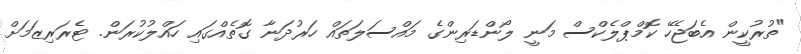
"ތުރުކީން އެބަޖެހޭ ކޮމްޕްލެކްސް މަނީ ލޯންޑަރިންގެ މައްސަލަތައް ހަރުދަނާ ގޮތެއްގައި ހައްލުކުރަން. ޓެރަރިޒަމަށް